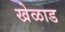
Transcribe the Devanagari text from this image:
खेळाड